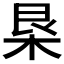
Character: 𣐻